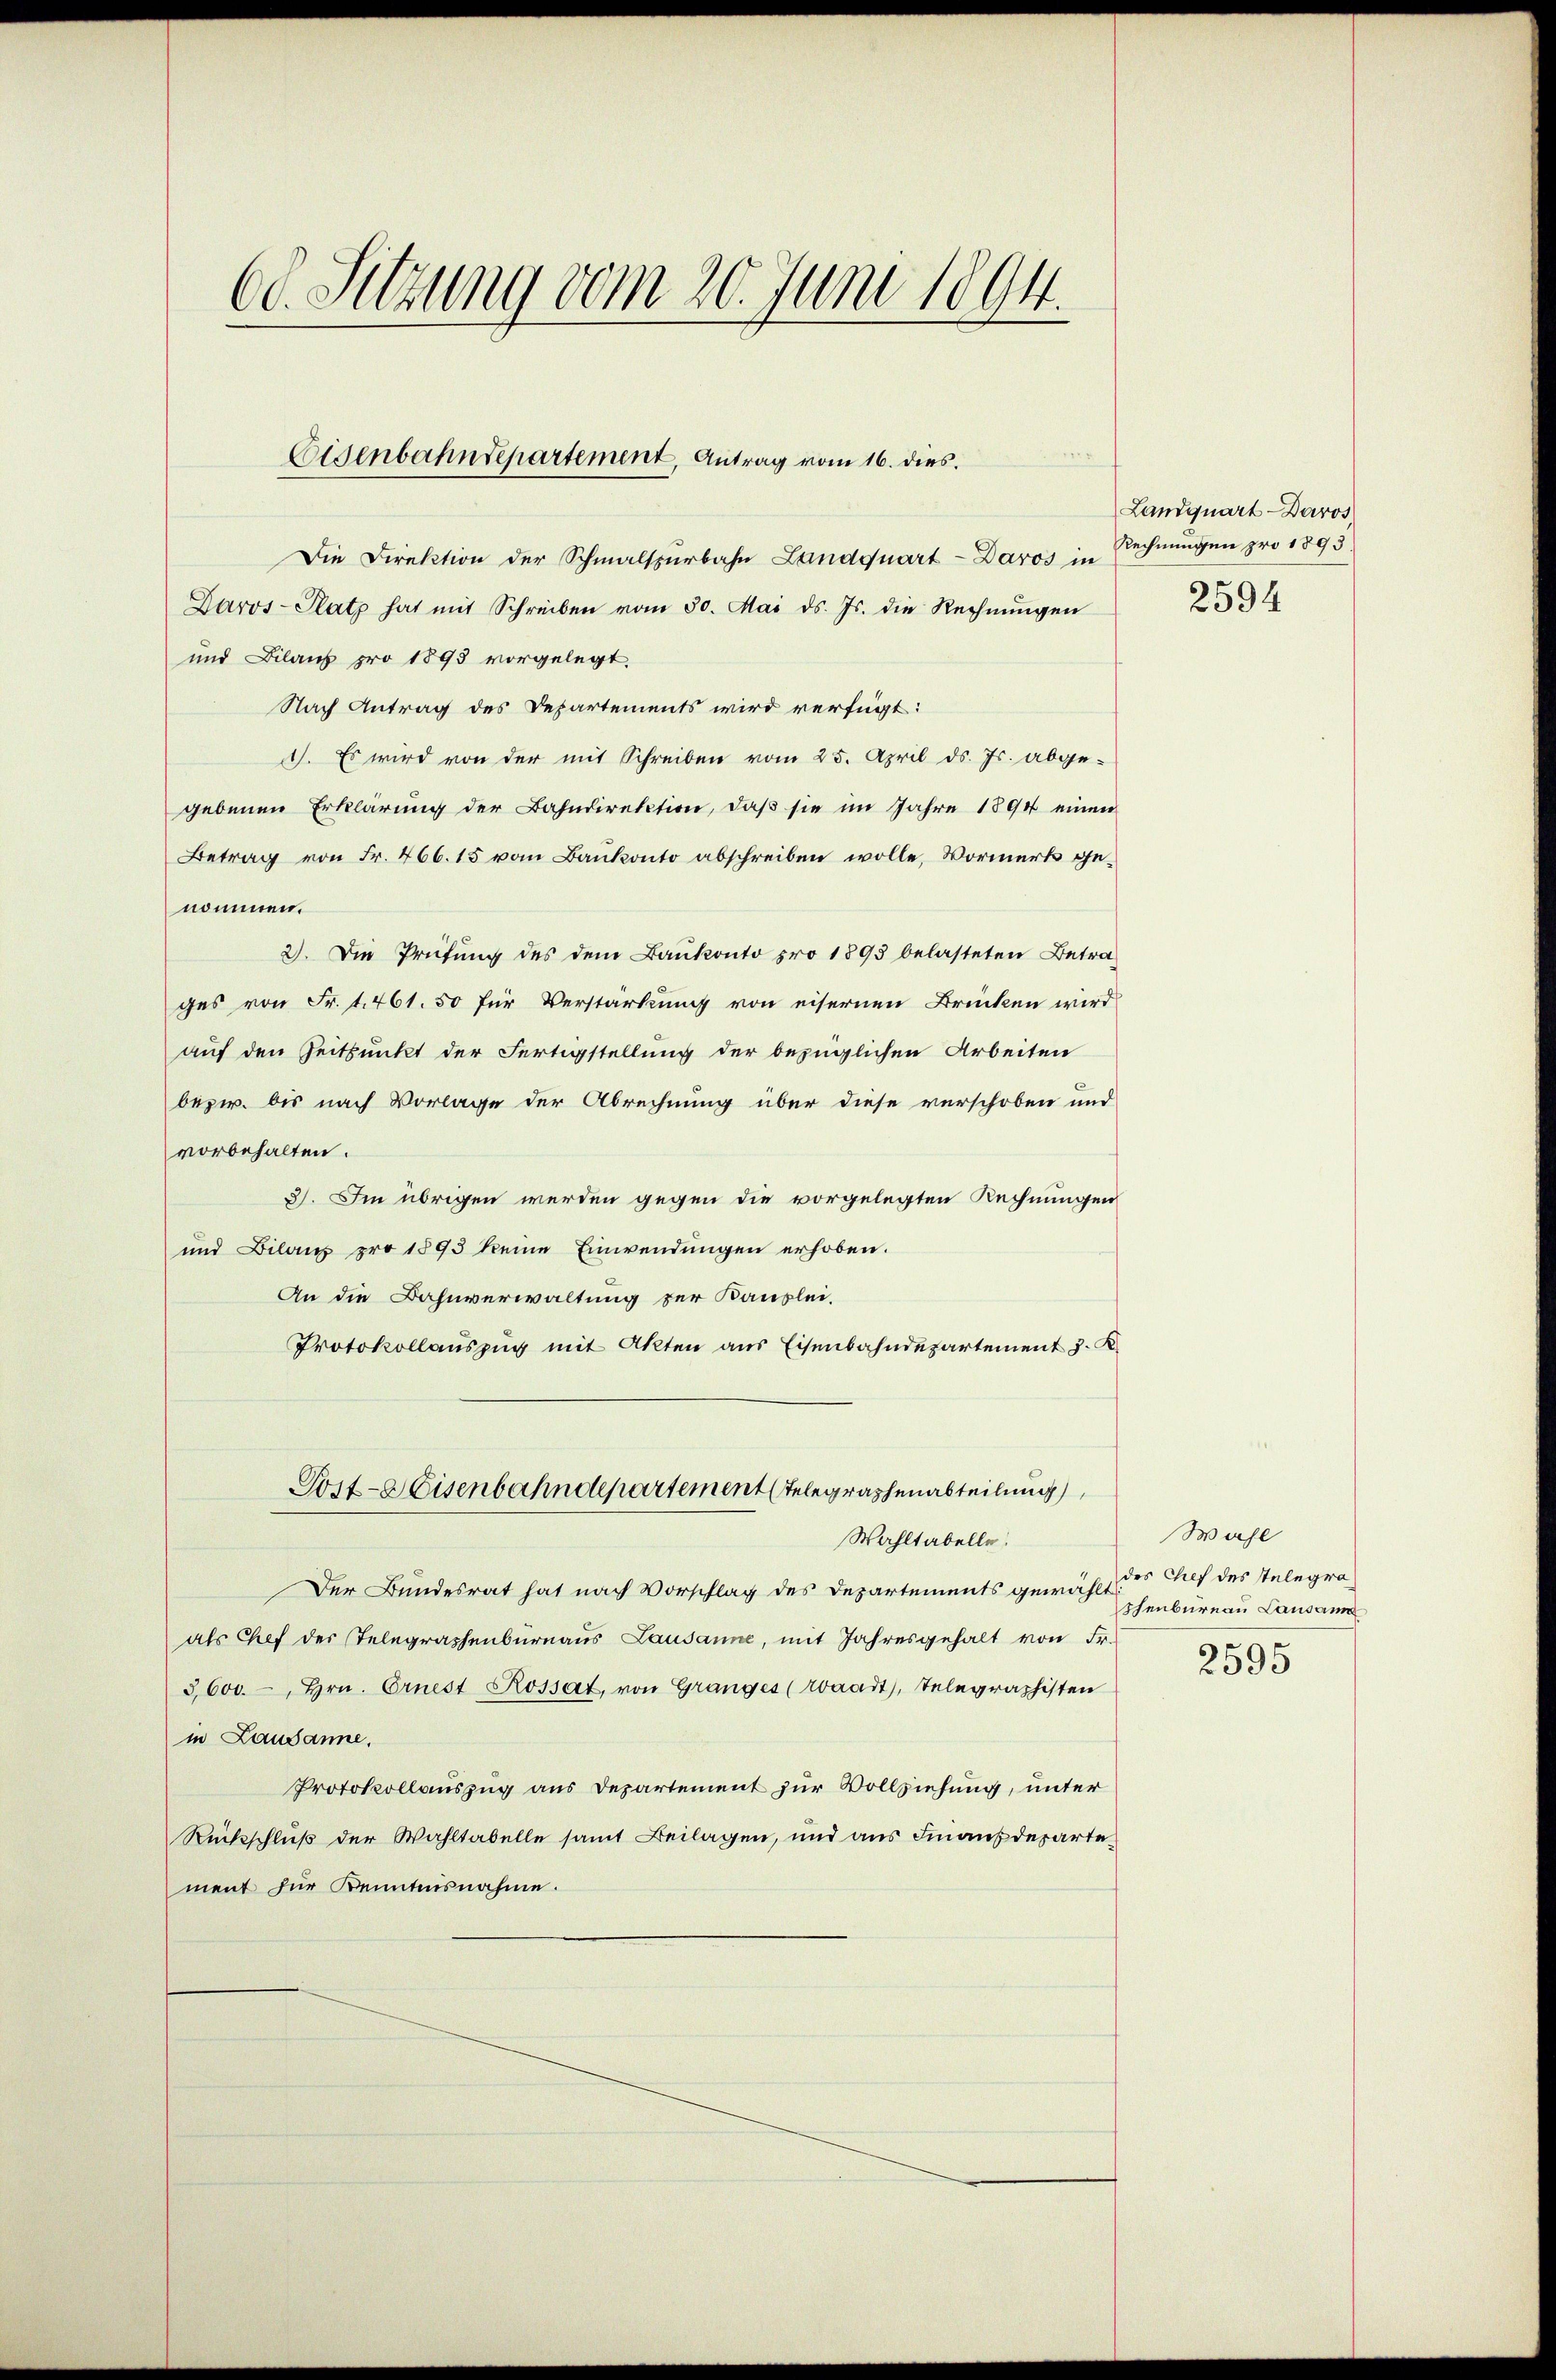
60. Sitzung vom 20. Juni 1894.

Die Direktion der Schmalspurbahn Landquart-Daros in
Daros- Platz hat mit Schreiben vom 30. Mai d. Js. die Rechnŭngen
und Bilanz pro 1893 vorgelegt.
Nach Antrag des Departements wird verfügt:
1). Es wird von der mit Schreiben vom 25. April ds. Js. abgegebenen Erklärung der Bahndirektion, daβ sie im Jahre 1894 einen
Betrag von Fr. 466. 15 vom Bankonto abschreiben wolle, Vormerk genommen.
2). Die Prüfung des dem Bankonto pro 1893 belasteten Betrages von Fr. 1. 461. 50 für Verstärkung von eisernen Brücken wird
auf den Zeitpunkt der Fertigstellung der bezüglichen Arbeiten
bezw. bis nach Vorlage der Abrechnung über diese verschoben und
vorbehalten.
3). Im übrigen werden gegen die vorgelegten Rechnungen
und Bilanz pro 1893 keine Einwendungen erhoben.
An die Bahnverwaltung der Kanzlei.
Protokollauszug mit Akten aus Eisenbahndepartement J. K.
Post-a Eisenbahndepartement Telegraphenabteilung
Wahltabelle.
Der Bundesrat hat nach Vorschlag des Departements gewählt des Chef des Telegraals Chef der Telegraphenbureaus Lausanne, mit Jahresgehalt von Fr.
3,600.-, Hrn. Ernest Rossart, von Granges (Waadt, Telegraphisten
in Lausanne,
Protokollauszug aus Departement zur Vollziehung, unter
Rückschluß der Wahltabelle samt Beilagen, und aus Finanzdepartement für Kenntnisnahme.

Eisenbahndepartement, Antrag vom 16. dies

Landquart-Daros
Rechnungen pro 1893.

2594

Wahl
schenbureau Lausann
2595